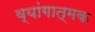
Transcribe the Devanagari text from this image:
व्यांगात्मक